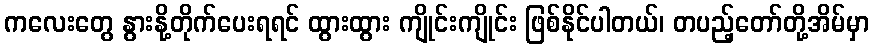
ကလေးတွေ နွားနို့တိုက်ပေးရရင် ထွားထွား ကျိုင်းကျိုင်း ဖြစ်နိုင်ပါတယ်၊ တပည့်တော်တို့အိမ်မှာ